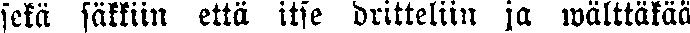
sekä säkkiin että itse dritteliin ja wälttäkää